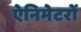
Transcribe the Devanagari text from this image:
ऐनिमेटरों